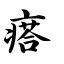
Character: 瘩